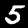
Digit: 5